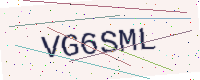
Text: VG6SML